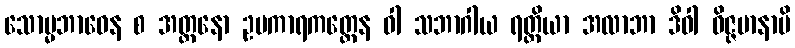
သောမ္မဘာဝေန စ အတ္တနော ဥပကာရကတ္တေန ဝါ သဘာဂါယ ရတ္တိယာ အလာဘာ ဒိဝါ ဝိဇ္ဇမာနာပိ